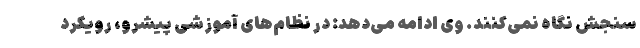
سنجش نگاه نمی‌کنند. وی ادامه می‌دهد: در نظام‌های آموزشی پیشرو، رویکرد